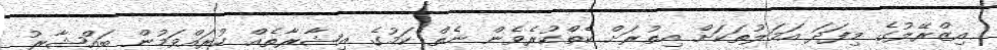
އިޒްރޭލުގެ މިފަދަ އަމަލުތަކަށް އިތުރަށް ކެތްކުރެވެން ނެތް ކަމުގެ އިޝާރާތެއް ކުރައްވަމުން ބައްޝާރު